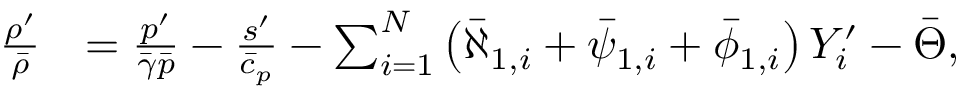
\begin{array} { r l } { \frac { \rho ^ { \prime } } { \bar { \rho } } } & { = \frac { p ^ { \prime } } { \bar { \gamma } \bar { p } } - \frac { s ^ { \prime } } { \bar { c } _ { p } } - \sum _ { i = 1 } ^ { N } \left( \bar { \aleph } _ { 1 , i } + \bar { \psi } _ { 1 , i } + \bar { \phi } _ { 1 , i } \right) Y _ { i } ^ { \prime } - \bar { \Theta } , } \end{array}